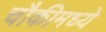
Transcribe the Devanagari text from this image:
चौकीमध्ये